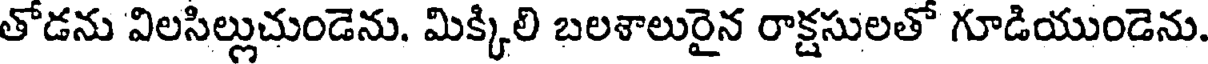
తోడను విలసిల్లుచుండెను. మిక్కిలి బలశాలురైన రాక్షసులతో గూడియుండెను.